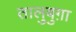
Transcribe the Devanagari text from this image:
तालुबुग़ा